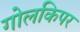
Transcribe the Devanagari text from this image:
गोलकिपर